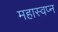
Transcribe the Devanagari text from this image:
महास्‍वप्‍न